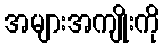
အများအကျိုးကို